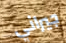
جيراني